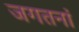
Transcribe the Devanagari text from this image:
जगतनां